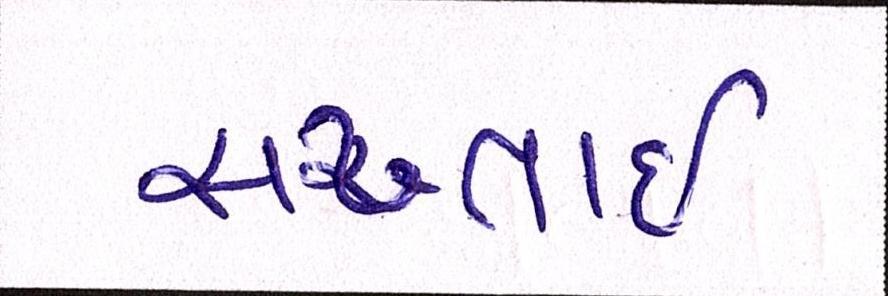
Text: સખ્તાઈ